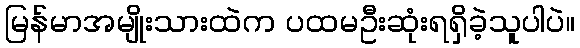
မြန်မာအမျိုးသားထဲက ပထမဦးဆုံးရရှိခဲ့သူပါပဲ။